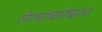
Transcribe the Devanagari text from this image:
लेण्यांबरोबरच